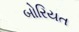
બોરિયત